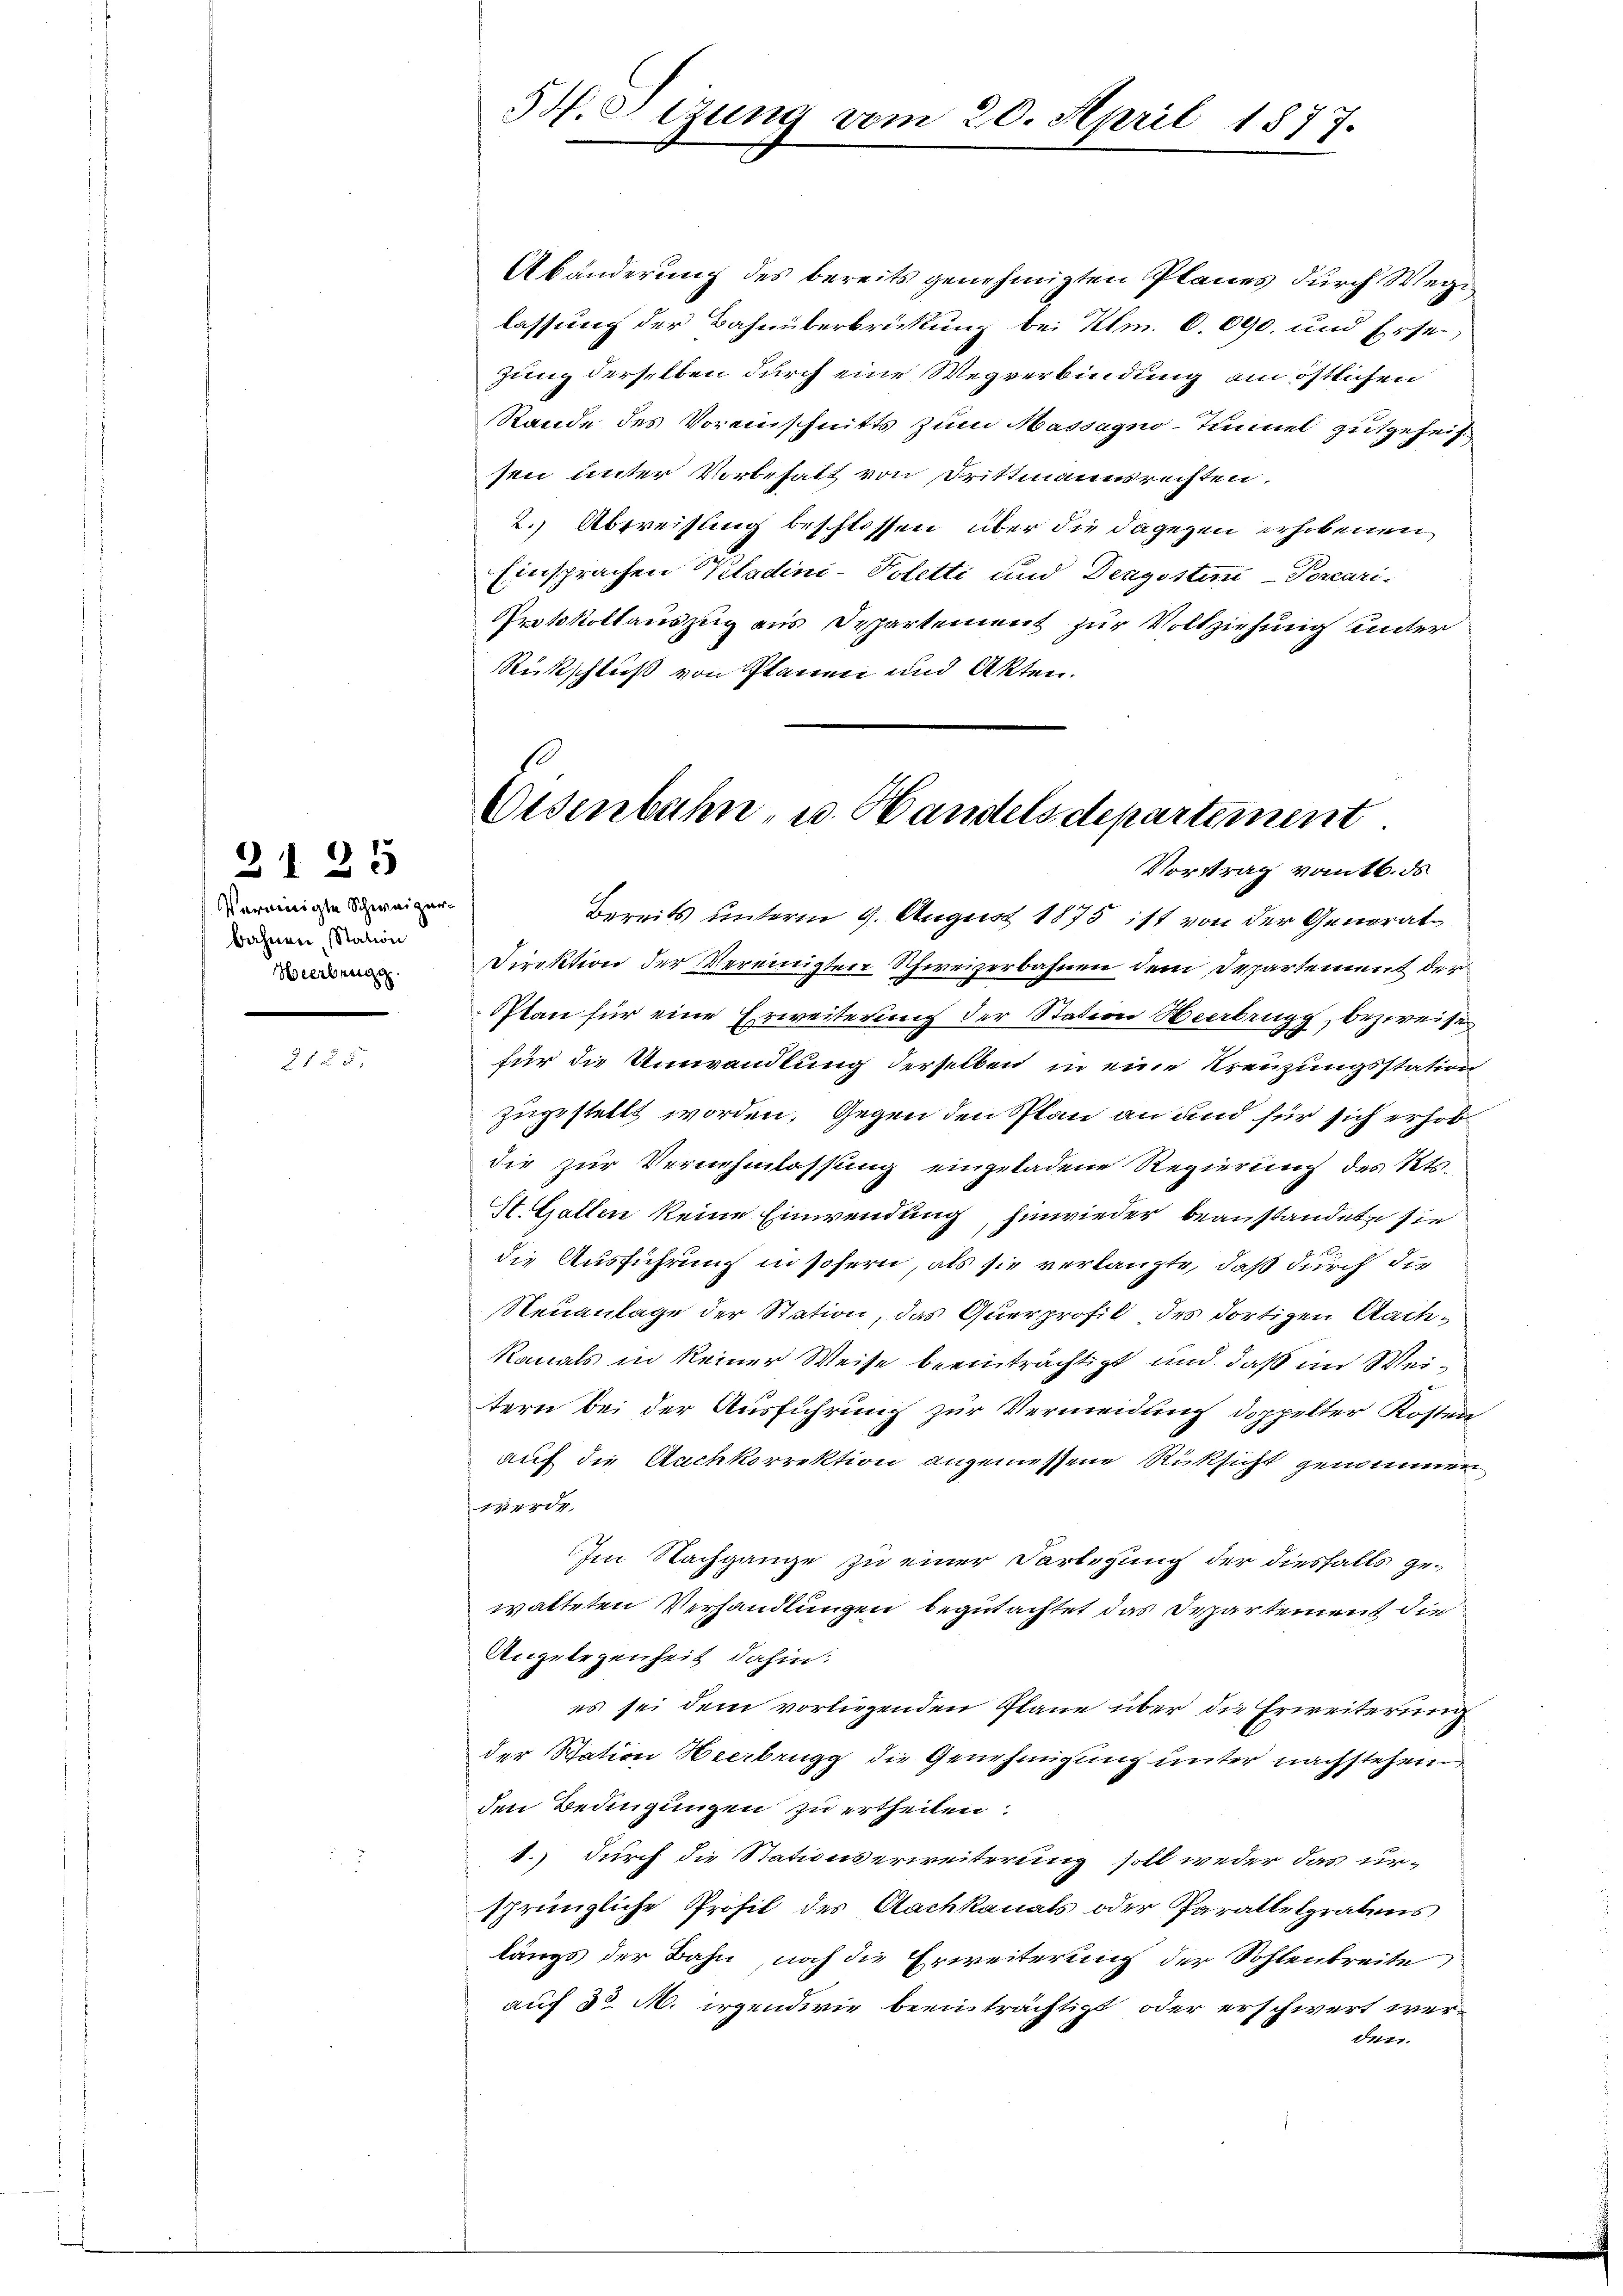
2125

Vereinigte Schweizer-
bahnen Station
Weerbungen.

2

sen unter Vorbehalt von Drittmannsrechten,
2. Abtreisung beschlossen, über die dagegen erhobenen
Einsprachen Kladini-Voletti und Dengssten-Porcari-
Protokollauszug aus Departement zur Vollziehung unter
Rückschluß von Planen und Akten.

HH. Sizung vom 20. April 1877.

Eisenbahn- u. Handelsdepartement.
Vortrag vom 16. ds

Abänderung des bereits genehmigten Planes durch Wege
lassung der Bahnüberbrückung bei Klm. 6. 690. und Erseizung derselben durch eine Wegverbindung an östlichen
Rande des Voreinschnitts zum Massagno-Tunnel gutgeheiß

Bereits unterm 9. August 1875 ist von der General¬
Direktion der Vereinigten Schweizerbahnen dem Departement der
Plan für eine Erweiterung der Station Verbrugg, bezweife
für die Umwandlung derselben in eine Kreuzungsstation
zugestellt worden, Gegen den Plan an und für sich erhobdie zur Vernehmlassung eingeladene Regierung des Kts.
St. Gallen keine Einwendung, hinwieder beanstandete sie
die Ausführung in sofern, als sie verlangte, daß durch die
Neuanlage der Station, das Querprofil des dortigen Aach¬
Kanals in keiner Weise beeinträchtigt und daß im Weitern bei der Ausführung zur Vermeidung doppelter Kosten
auf die Aachkorrektion angemessene Rücksicht genommen,
14.
Im Nachgange zu einer Vorlegung der diesfalls gewalteten Verhandlungen begutachtet das Departement die
Angelegenheit dahin:
es sei dem vorliegenden Pläne über die Erweiterung
der Station Heerbrugg die Genehmigung unter nachstehen.
den Bedingungen zu ertheilen.
1.) durch die Stationserweiterung soll weder das ur-
sprüngliche Profil des Aachkanals oder Parallelgrabens,
längs der Bahn, noch die Erweiterung der Sohlenbreite
auf 30 M. irgendwie beeinträchtigt oder erschwert werder.